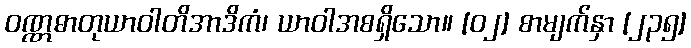
ဝဏ္ဏဓာတုယာဝါတိအာဒိကံ၊ ယာဝါအစရှိသော။ [၀၂] စာမျက်နှာ [၂၃၅]